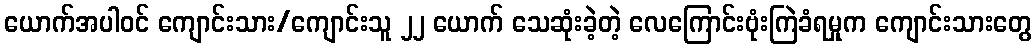
ယောက်အပါဝင် ကျောင်းသား/ကျောင်းသူ ၂၂ ယောက် သေဆုံးခဲ့တဲ့ လေကြောင်းဗုံးကြဲခံရမှုက ကျောင်းသားတွေ